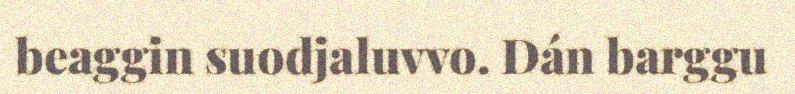
beaggin suodjaluvvo. Dán barggu